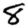
Digit: 8